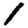
Digit: 1